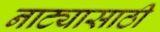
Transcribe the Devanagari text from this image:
नाट्यासाठी